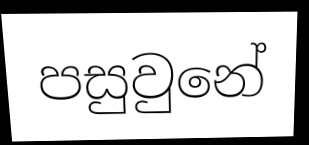
පසුවුනේ